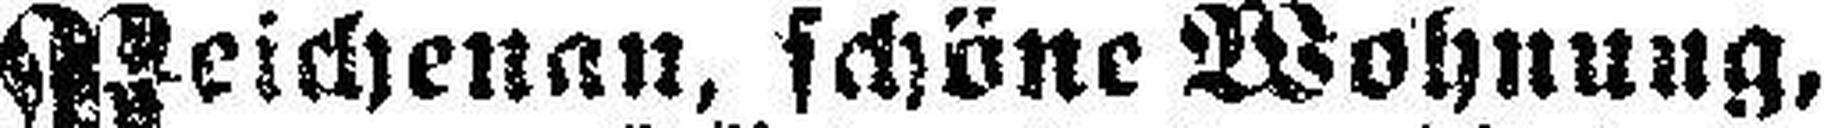
Reichenan, schöne Wohnung,